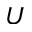
U